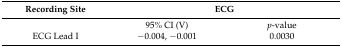
<table><thead><tr><td><b>Recording Site</b></td><td colspan="2"><b>ECG</b></td></tr></thead><tbody><tr><td></td><td>95% CI (V)</td><td><i>p</i>-value</td></tr><tr><td>ECG Lead I</td><td>−0.004, −0.001</td><td>0.0030</td></tr></tbody></table>